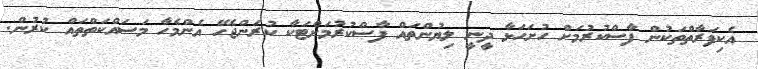
އެކިފަރާތްތަކުން ފާސްކުރުމަށް ހުށަހަޅާ ދީނީ ލިޔުންތައް ފާސްކުރުމަށްޓަކާ ކުރަންޖެހޭ އެންމެހާ މަސައްކަތްތައް ކުރުން.